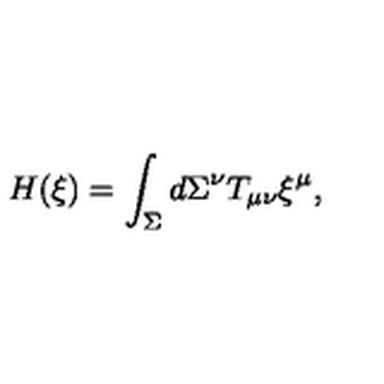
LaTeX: H ( \xi ) = \int _ { \Sigma } d \Sigma ^ { \nu } T _ { \mu \nu } \xi ^ { \mu } ,